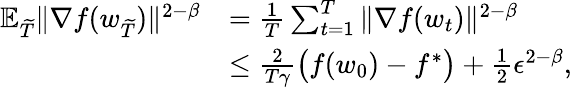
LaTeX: \begin{array}{rl}{\mathbb{E}_{\widetilde{T}}\| \nabla f(w_{\widetilde{T}})\| ^{2-\beta}}&{=\frac{1}{T}\sum_{t=1}^{T}\| \nabla f(w_{t})\| ^{2-\beta}}\\ &{\le\frac{2}{T\gamma}\big(f(w_{0})-f^{*}\big)+\frac{1}{2}\epsilon^{2-\beta},}\end{array}